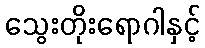
သွေးတိုးရောဂါနှင့်